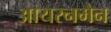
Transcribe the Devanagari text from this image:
आयरनमैन